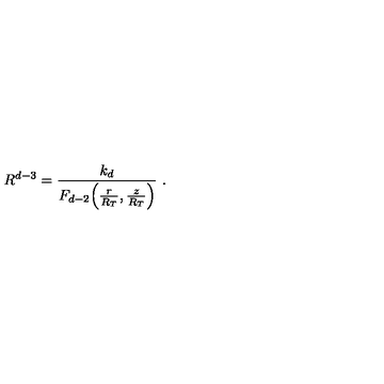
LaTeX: R ^ { d - 3 } = \frac { k _ { d } } { F _ { d - 2 } \Big ( \frac { r } { R _ { T } } , \frac { z } { R _ { T } } \Big ) } \ .